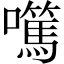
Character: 𡄍